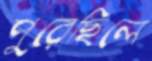
পুরেছিলে